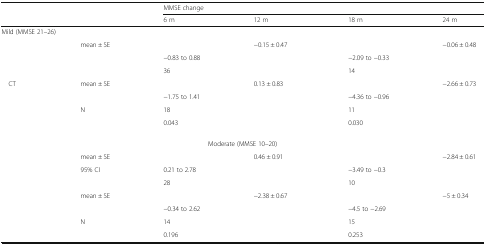
<table><thead><tr><td colspan="2" rowspan="2">[EMPTY_CELL]</td><td colspan="4"><b>MMSE change</b></td></tr><tr><td><b>6 m</b></td><td><b>12 m</b></td><td><b>18 m</b></td><td><b>24 m</b></td></tr></thead><tbody><tr><td colspan="6">Mild (MMSE 21–26)</td></tr><tr><td rowspan="3">[EMPTY_CELL]</td><td>mean ± SE</td><td>[EMPTY_CELL]</td><td>−0.15 ± 0.47</td><td>[EMPTY_CELL]</td><td>−0.06 ± 0.48</td></tr><tr><td>[EMPTY_CELL]</td><td>−0.83 to 0.88</td><td>[EMPTY_CELL]</td><td>−2.09 to −0.33</td><td>[EMPTY_CELL]</td></tr><tr><td>[EMPTY_CELL]</td><td>36</td><td>[EMPTY_CELL]</td><td>14</td><td>[EMPTY_CELL]</td></tr><tr><td rowspan="4"> CT</td><td>mean ± SE</td><td>[EMPTY_CELL]</td><td>0.13 ± 0.83</td><td>[EMPTY_CELL]</td><td>−2.66 ± 0.73</td></tr><tr><td>[EMPTY_CELL]</td><td>−1.75 to 1.41</td><td>[EMPTY_CELL]</td><td>−4.36 to −0.96</td><td>[EMPTY_CELL]</td></tr><tr><td>N</td><td>18</td><td>[EMPTY_CELL]</td><td>11</td><td>[EMPTY_CELL]</td></tr><tr><td>[EMPTY_CELL]</td><td>0.043</td><td>[EMPTY_CELL]</td><td>0.030</td><td>[EMPTY_CELL]</td></tr><tr><td colspan="6">Moderate (MMSE 10–20)</td></tr><tr><td rowspan="3">[EMPTY_CELL]</td><td>mean ± SE</td><td>[EMPTY_CELL]</td><td>0.46 ± 0.91</td><td>[EMPTY_CELL]</td><td>−2.84 ± 0.61</td></tr><tr><td>95% CI</td><td>0.21 to 2.78</td><td>[EMPTY_CELL]</td><td>−3.49 to −0.3</td><td>[EMPTY_CELL]</td></tr><tr><td>[EMPTY_CELL]</td><td>28</td><td>[EMPTY_CELL]</td><td>10</td><td>[EMPTY_CELL]</td></tr><tr><td rowspan="4">[EMPTY_CELL]</td><td>mean ± SE</td><td>[EMPTY_CELL]</td><td>−2.38 ± 0.67</td><td>[EMPTY_CELL]</td><td>−5 ± 0.34</td></tr><tr><td>[EMPTY_CELL]</td><td>−0.34 to 2.62</td><td>[EMPTY_CELL]</td><td>−4.5 to −2.69</td><td>[EMPTY_CELL]</td></tr><tr><td>N</td><td>14</td><td>[EMPTY_CELL]</td><td>15</td><td>[EMPTY_CELL]</td></tr><tr><td>[EMPTY_CELL]</td><td>0.196</td><td>[EMPTY_CELL]</td><td>0.253</td><td>[EMPTY_CELL]</td></tr></tbody></table>